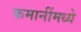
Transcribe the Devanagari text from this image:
कमानींमध्ये